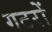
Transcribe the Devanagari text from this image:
गटरों